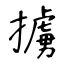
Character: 擄